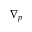
\nabla _ { p }